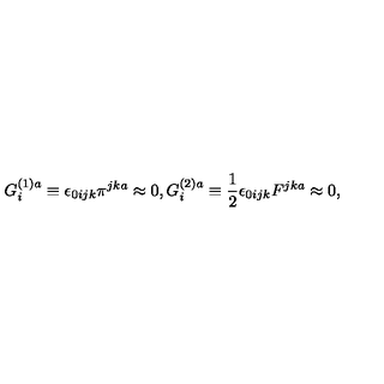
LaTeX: G _ { i } ^ { ( 1 ) a } \equiv \epsilon _ { 0 i j k } \pi ^ { j k a } \approx 0 , G _ { i } ^ { ( 2 ) a } \equiv \frac { 1 } { 2 } \epsilon _ { 0 i j k } F ^ { j k a } \approx 0 ,